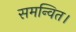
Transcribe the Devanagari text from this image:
समन्वित।